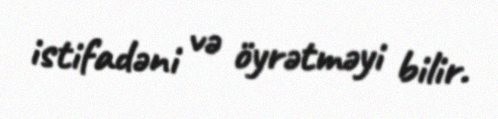
istifadəni və öyrətməyi bilir.